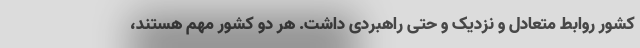
کشور روابط متعادل و نزدیک و حتی راهبردی داشت. هر دو کشور مهم هستند،